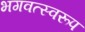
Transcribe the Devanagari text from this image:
भगवत्स्वरूप